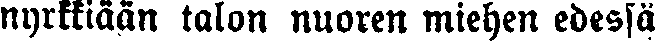
nyrkkiään talon nuoren miehen edessä